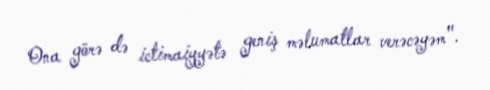
Ona görə də ictimaiyyətə geniş məlumatlar verəcəyəm".